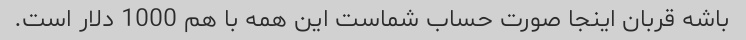
باشه قربان اینجا صورت حساب شماست این همه با هم 1000 دلار است.